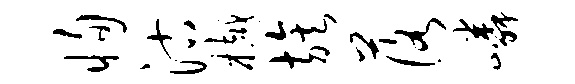
恂沽樾族落嶙